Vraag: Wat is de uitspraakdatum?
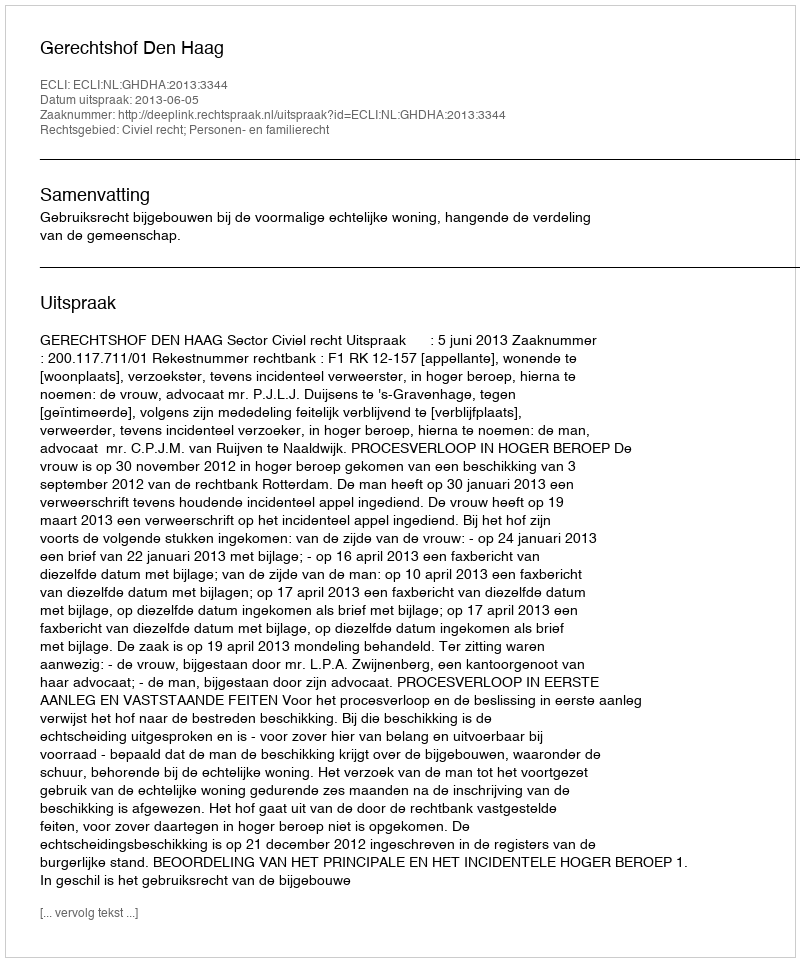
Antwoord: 2013-06-05